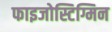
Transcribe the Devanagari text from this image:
फाइजोस्टिग्मिन